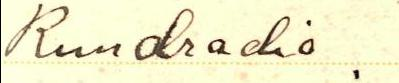
Rundradio .